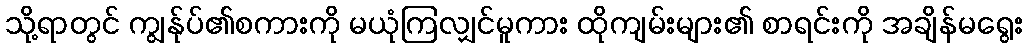
သို့ရာတွင် ကျွန်ုပ်၏စကားကို မယုံကြလျှင်မူကား ထိုကျမ်းများ၏ စာရင်းကို အချိန်မရွေး